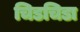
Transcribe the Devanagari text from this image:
चिडचिडा